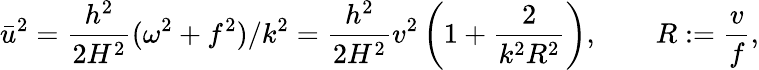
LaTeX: \bar{u}^{2}=\frac{h^{2}}{2H^{2}}(\omega^{2}+f^{2})/k^{2}=\frac{h^{2}}{2H^{2}}v^{2}\left(1+\frac{2}{k^{2}R^{2}}\right),\qquad R:=\frac{v}{f},